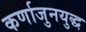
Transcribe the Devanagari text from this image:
कर्णाजुनयुद्ध